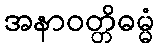
အနာဝတ္တိဓမ္မံ